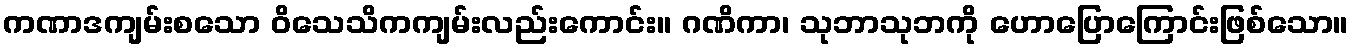
ကဏာဒကျမ်းစသော ဝိသေသိကကျမ်းလည်းကောင်း။ ဂဏိကာ၊ သုဘာသုဘကို ဟောပြောကြောင်းဖြစ်သော။